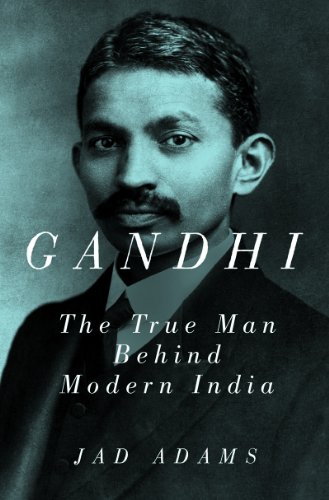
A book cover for Gandhi: The True Man Behind Modern India; Jad Adams; Religion & Spirituality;